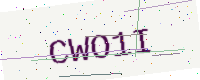
Text: CWO1I